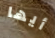
أيها